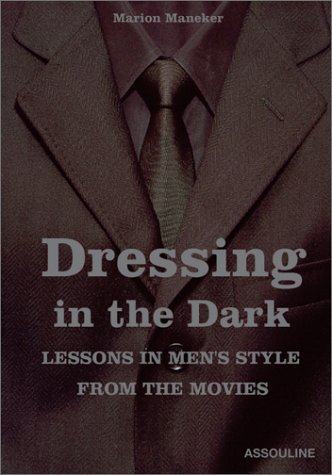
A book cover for Dressing in the Dark: Lessons in Mens Style from the Movies; Marion Maneker; Health, Fitness & Dieting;